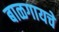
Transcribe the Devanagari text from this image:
बाळगायचे